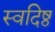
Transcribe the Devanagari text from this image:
स्वदिष्ठ